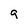
Character: g